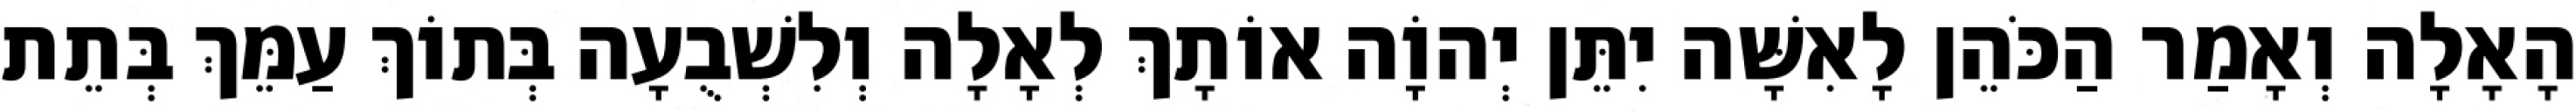
הָאָלָה וְאָמַר הַכֹּהֵן לָאִשָּׁה יִתֵּן יְהוָֹה אוֹתָךְ לְאָלָה וְלִשְׁבֻעָה בְּתוֹךְ עַמֵּךְ בְּתֵת